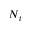
N _ { t }